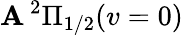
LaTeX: \mathbf{A}\, ^{2}\Pi_{1/2}(v=0)